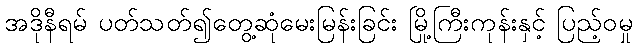
အဒိုနီရမ် ပတ်သတ်၍တွေ့ဆုံမေးမြန်းခြင်း မြို့ကြီးကုန်းနှင့် ပြည့်ဝမှု